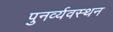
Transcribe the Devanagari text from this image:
पुनर्व्यवस्थन